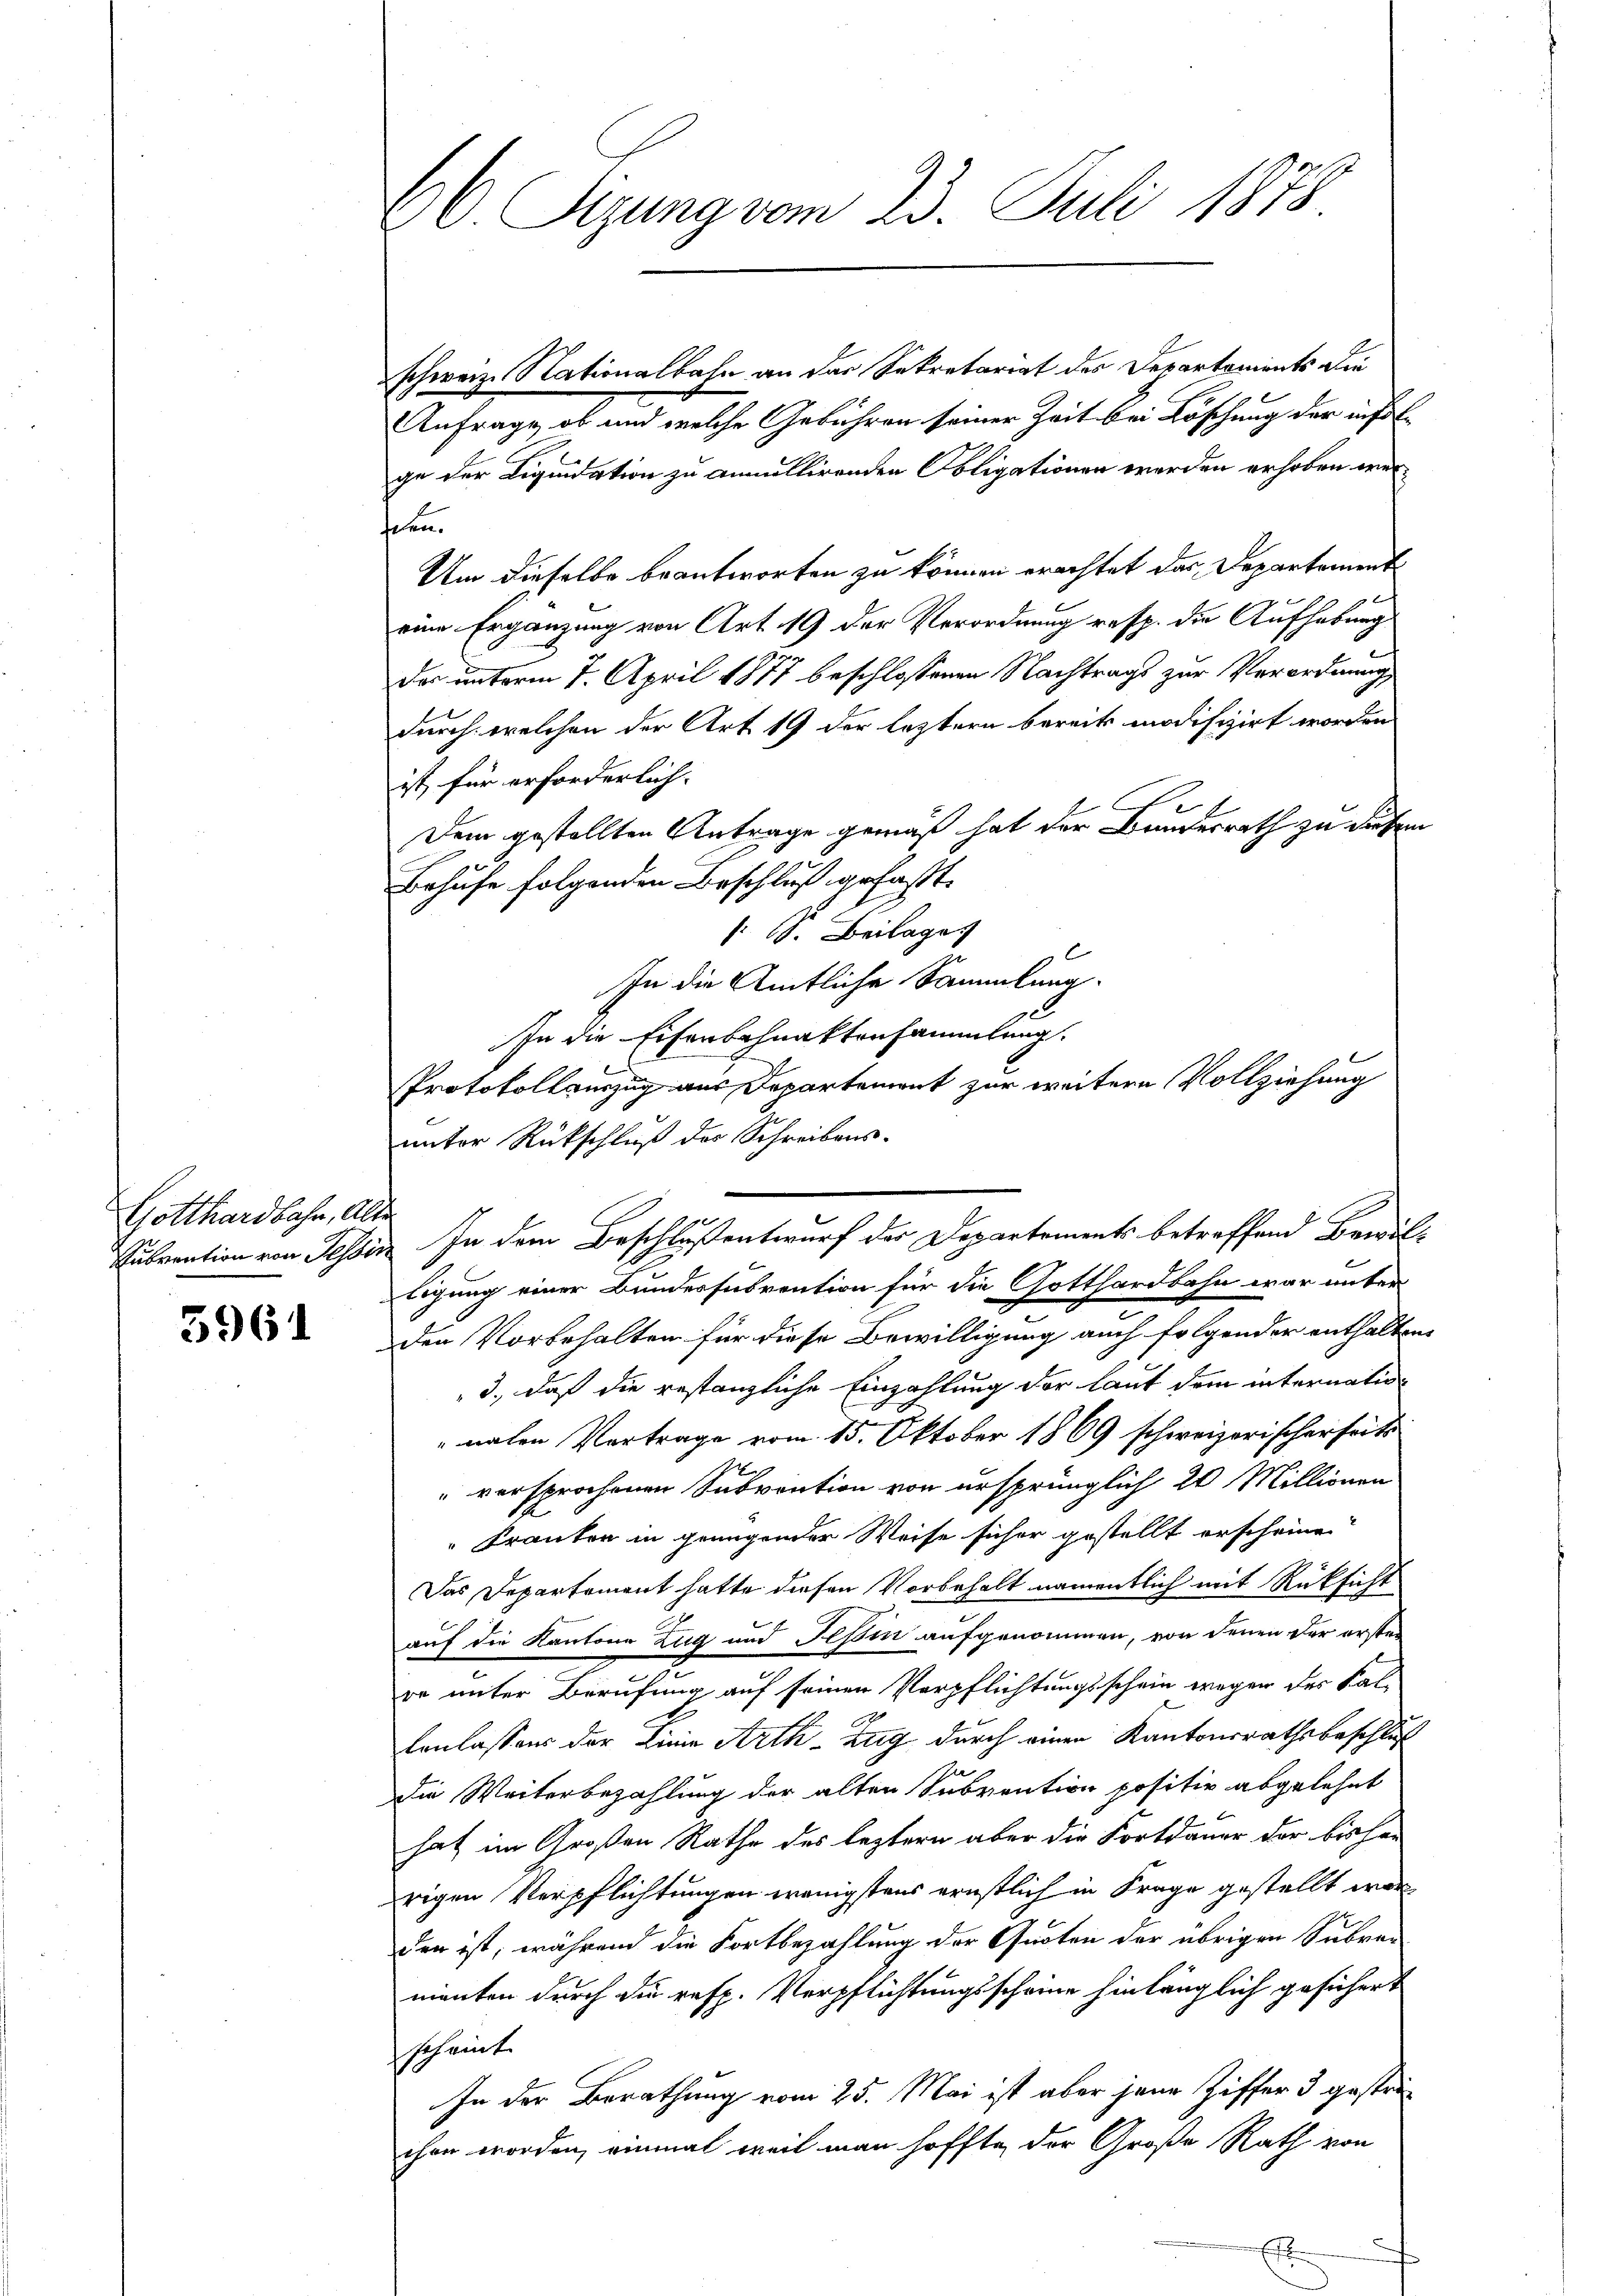
Gotthardbahn, Alter

5961

66 Sizung vom 23. Juli 1878

schweiz. Nationalbahn an der Sekretariat des Departements die
Anfrage, ob und welche Gebühren seiner Zeit bei Löschung der infol
ge der Liquidation zu annullirenden Obligationen werden erhoben werfehen.
Um dieselbe beantworten zu können erachtet das Departement
eine Ergänzung von Art. 19 der Verordnung resp. die Aufhebung
das unterm 7. April 1877 beschlossenen Nachtrags zur Verordnung
durch welchen der Art 19 der letztern bereits modifizirt worden
ist für erforderlich.
Dem gestellten Antrage gemäß hat der Bauderrath zu dürfen
Behufe folgenden Beschluß gefaßt.
§ 1. Beilage
In die Amtliche Sammlung.
In die Eisenbahnaktensammlung.
Protokollauszug aus Departement zur weitere Vollziehung
unter Rückschluß der Schreibens-
tigung einer Bundessubvention für die Gotthardbahn war unter
den Vorbehalten für diese Bewilligung auch folgender enthalten
3., daß die restanzliche Einzahlung der laut dem internationahen Vortrage vom 15. Oktober 1869 schweizerischerseits
" versprochenen Subvention von ursprünglich 20 Millionen
Franken in genügender Weise sicher gestellt erscheine
Das Departement hatte diesen Vorbehalt namentlich mit Rücksicht
auf die Kantone Zug und Tessin aufgenommen, von denen der ersten
re unter Berufung auf seinen Verpflichtungsschein wegen des Kal¬
Conlassens der Linie Arth-Zug durch einen Kantonsrathsbeschluß
die Weiterbezahlung der alten Subvention positir abgelehnt
hat im Großen Rathe des leztern aber die Fortdauer der bisher
rigen Verpflichtungen wenigstens ernstlich in Frage gestellt war
den ist, während die Fortbezahlung der Quoten der übrigen Subre-
manten durch die resp. Verpflichtungsscheine hinlänglich gesichert
scheint.
In der Berathung vom 25. Mai ist aber jene Ziffer 3 gestrichen worden, einmal weil man hoffte der Große Rath von

Subvention von Tessin. In dem Beschlußentwurf der Departements betreffend Bewil¬

es |